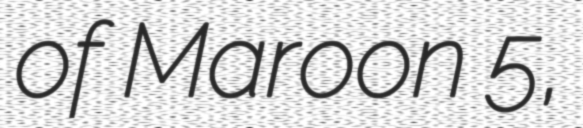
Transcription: of Maroon 5,